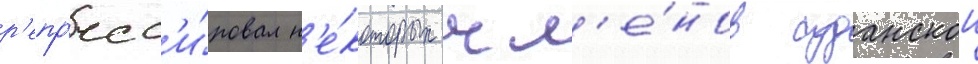
р'епр'есс'и́ровал н'е́которых чл'е́нов суданскои